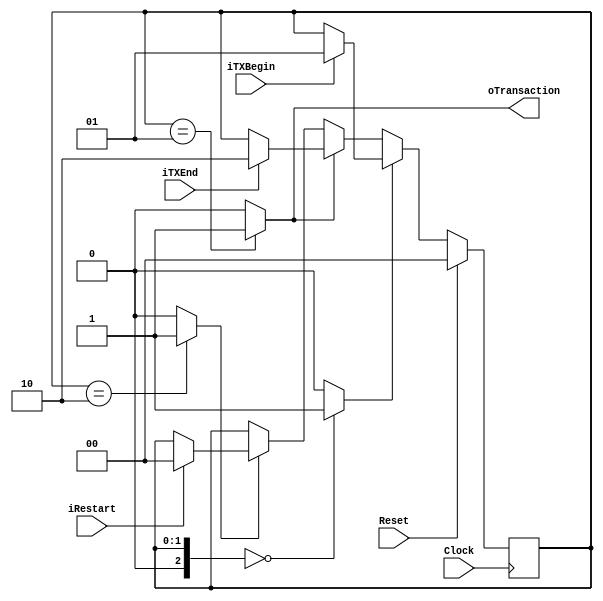
`timescale 1ns/1ps
`default_nettype none
// PLEASE READ THIS, IT MAY SAVE YOU SOME TIME AND MONEY, THANK YOU!
// * This file was generated by Quokka FPGA Toolkit.
// * Generated code is your property, do whatever you want with it
// * Place custom code between [BEGIN USER ***] and [END USER ***].
// * CAUTION: All code outside of [USER] scope is subject to regeneration.
// * Bad things happen sometimes in developer's life,
//   it is recommended to use source control management software (e.g. git, bzr etc) to keep your custom code safe'n'sound.
// * Internal structure of code is subject to change.
//   You can use some of signals in custom code, but most likely they will not exist in future (e.g. will get shorter or gone completely)
// * Please send your feedback, comments, improvement ideas etc. to evmuryshkin@gmail.com
// * Visit https://github.com/EvgenyMuryshkin/QuokkaEvaluation to access latest version of playground
//
// DISCLAIMER:
//   Code comes AS-IS, it is your responsibility to make sure it is working as expected
//   no responsibility will be taken for any loss or damage caused by use of Quokka toolkit.
//
// System configuration name is AXITransactionDetectorModule_TopLevel, clock frequency is 1Hz, Top-level
// FSM summary
// -- Packages
module AXITransactionDetectorModule_TopLevel
(
	// [BEGIN USER PORTS]
	// [END USER PORTS]
	input wire Clock,
	input wire Reset,
	input wire iRestart,
	input wire iTXBegin,
	input wire iTXEnd,
	output wire oTransaction
);
	// [BEGIN USER SIGNALS]
	// [END USER SIGNALS]
	localparam HiSignal = 1'b1;
	localparam LoSignal = 1'b0;
	wire Zero = 1'b0;
	wire One = 1'b1;
	wire true = 1'b1;
	wire false = 1'b0;
	wire AXITransactionDetectorModule_L33F9L49T10_AXITransactionDetectorModule_L34F13L48T14_AXITransactionDetectorModule_L36F22T49_Expr = 1'b0;
	wire AXITransactionDetectorModule_L33F9L49T10_AXITransactionDetectorModule_L34F13L48T14_AXITransactionDetectorModule_L38F44T72_Expr = 1'b1;
	wire AXITransactionDetectorModule_L33F9L49T10_AXITransactionDetectorModule_L34F13L48T14_AXITransactionDetectorModule_L40F22T50_Expr = 1'b1;
	wire [1: 0] AXITransactionDetectorModule_L33F9L49T10_AXITransactionDetectorModule_L34F13L48T14_AXITransactionDetectorModule_L42F44T80_Expr = 2'b10;
	wire [1: 0] AXITransactionDetectorModule_L33F9L49T10_AXITransactionDetectorModule_L34F13L48T14_AXITransactionDetectorModule_L44F22T58_Expr = 2'b10;
	wire AXITransactionDetectorModule_L33F9L49T10_AXITransactionDetectorModule_L34F13L48T14_AXITransactionDetectorModule_L46F44T71_Expr = 1'b0;
	wire AXITransactionDetectorModule_L31F53T81_Expr = 1'b1;
	wire Inputs_iRestart;
	wire Inputs_iTXBegin;
	wire Inputs_iTXEnd;
	reg [1: 0] NextState_Status;
	reg [1: 0] State_Status = 2'b00;
	wire [1: 0] State_StatusDefault = 2'b00;
	wire AXITransactionDetectorModule_L33F9L49T10_AXITransactionDetectorModule_L34F13L48T14_AXITransactionDetectorModule_L36F17L39T27_Case;
	wire signed [2: 0] AXITransactionDetectorModule_L33F9L49T10_AXITransactionDetectorModule_L34F13L48T14_AXITransactionDetectorModule_L36F17L39T27_CaseLhs;
	wire signed [2: 0] AXITransactionDetectorModule_L33F9L49T10_AXITransactionDetectorModule_L34F13L48T14_AXITransactionDetectorModule_L36F17L39T27_CaseRhs;
	wire AXITransactionDetectorModule_L33F9L49T10_AXITransactionDetectorModule_L34F13L48T14_AXITransactionDetectorModule_L40F17L43T27_Case;
	wire signed [2: 0] AXITransactionDetectorModule_L33F9L49T10_AXITransactionDetectorModule_L34F13L48T14_AXITransactionDetectorModule_L40F17L43T27_CaseLhs;
	wire signed [2: 0] AXITransactionDetectorModule_L33F9L49T10_AXITransactionDetectorModule_L34F13L48T14_AXITransactionDetectorModule_L40F17L43T27_CaseRhs;
	wire AXITransactionDetectorModule_L33F9L49T10_AXITransactionDetectorModule_L34F13L48T14_AXITransactionDetectorModule_L44F17L47T27_Case;
	wire signed [2: 0] AXITransactionDetectorModule_L33F9L49T10_AXITransactionDetectorModule_L34F13L48T14_AXITransactionDetectorModule_L44F17L47T27_CaseLhs;
	wire signed [2: 0] AXITransactionDetectorModule_L33F9L49T10_AXITransactionDetectorModule_L34F13L48T14_AXITransactionDetectorModule_L44F17L47T27_CaseRhs;
	wire AXITransactionDetectorModule_L31F37T81_Expr;
	wire signed [2: 0] AXITransactionDetectorModule_L31F37T81_ExprLhs;
	wire signed [2: 0] AXITransactionDetectorModule_L31F37T81_ExprRhs;
	always @ (posedge Clock)
	begin
		if ((Reset == 1))
		begin
			State_Status <= State_StatusDefault;
		end
		else
		begin
			State_Status <= NextState_Status;
		end
	end
	assign AXITransactionDetectorModule_L33F9L49T10_AXITransactionDetectorModule_L34F13L48T14_AXITransactionDetectorModule_L36F17L39T27_Case = AXITransactionDetectorModule_L33F9L49T10_AXITransactionDetectorModule_L34F13L48T14_AXITransactionDetectorModule_L36F17L39T27_CaseLhs == AXITransactionDetectorModule_L33F9L49T10_AXITransactionDetectorModule_L34F13L48T14_AXITransactionDetectorModule_L36F17L39T27_CaseRhs ? 1'b1 : 1'b0;
	assign AXITransactionDetectorModule_L33F9L49T10_AXITransactionDetectorModule_L34F13L48T14_AXITransactionDetectorModule_L40F17L43T27_Case = AXITransactionDetectorModule_L33F9L49T10_AXITransactionDetectorModule_L34F13L48T14_AXITransactionDetectorModule_L40F17L43T27_CaseLhs == AXITransactionDetectorModule_L33F9L49T10_AXITransactionDetectorModule_L34F13L48T14_AXITransactionDetectorModule_L40F17L43T27_CaseRhs ? 1'b1 : 1'b0;
	assign AXITransactionDetectorModule_L33F9L49T10_AXITransactionDetectorModule_L34F13L48T14_AXITransactionDetectorModule_L44F17L47T27_Case = AXITransactionDetectorModule_L33F9L49T10_AXITransactionDetectorModule_L34F13L48T14_AXITransactionDetectorModule_L44F17L47T27_CaseLhs == AXITransactionDetectorModule_L33F9L49T10_AXITransactionDetectorModule_L34F13L48T14_AXITransactionDetectorModule_L44F17L47T27_CaseRhs ? 1'b1 : 1'b0;
	assign AXITransactionDetectorModule_L31F37T81_Expr = AXITransactionDetectorModule_L31F37T81_ExprLhs == AXITransactionDetectorModule_L31F37T81_ExprRhs ? 1'b1 : 1'b0;
	always @ (*)
	begin
		NextState_Status = State_Status;
		if ((AXITransactionDetectorModule_L33F9L49T10_AXITransactionDetectorModule_L34F13L48T14_AXITransactionDetectorModule_L36F17L39T27_Case == 1))
		begin
			if ((Inputs_iTXBegin == 1))
			begin
				NextState_Status = { 1'b0, AXITransactionDetectorModule_L33F9L49T10_AXITransactionDetectorModule_L34F13L48T14_AXITransactionDetectorModule_L38F44T72_Expr };
			end
		end
		else if ((AXITransactionDetectorModule_L33F9L49T10_AXITransactionDetectorModule_L34F13L48T14_AXITransactionDetectorModule_L40F17L43T27_Case == 1))
		begin
			if ((Inputs_iTXEnd == 1))
			begin
				NextState_Status = AXITransactionDetectorModule_L33F9L49T10_AXITransactionDetectorModule_L34F13L48T14_AXITransactionDetectorModule_L42F44T80_Expr;
			end
		end
		else if ((AXITransactionDetectorModule_L33F9L49T10_AXITransactionDetectorModule_L34F13L48T14_AXITransactionDetectorModule_L44F17L47T27_Case == 1))
		begin
			if ((Inputs_iRestart == 1))
			begin
				NextState_Status = { 1'b0, AXITransactionDetectorModule_L33F9L49T10_AXITransactionDetectorModule_L34F13L48T14_AXITransactionDetectorModule_L46F44T71_Expr };
			end
		end
	end
	assign AXITransactionDetectorModule_L33F9L49T10_AXITransactionDetectorModule_L34F13L48T14_AXITransactionDetectorModule_L36F17L39T27_CaseLhs = { 1'b0, State_Status };
	assign AXITransactionDetectorModule_L33F9L49T10_AXITransactionDetectorModule_L34F13L48T14_AXITransactionDetectorModule_L36F17L39T27_CaseRhs = { {2{1'b0}}, AXITransactionDetectorModule_L33F9L49T10_AXITransactionDetectorModule_L34F13L48T14_AXITransactionDetectorModule_L36F22T49_Expr };
	assign AXITransactionDetectorModule_L33F9L49T10_AXITransactionDetectorModule_L34F13L48T14_AXITransactionDetectorModule_L40F17L43T27_CaseLhs = { 1'b0, State_Status };
	assign AXITransactionDetectorModule_L33F9L49T10_AXITransactionDetectorModule_L34F13L48T14_AXITransactionDetectorModule_L40F17L43T27_CaseRhs = { {2{1'b0}}, AXITransactionDetectorModule_L33F9L49T10_AXITransactionDetectorModule_L34F13L48T14_AXITransactionDetectorModule_L40F22T50_Expr };
	assign AXITransactionDetectorModule_L33F9L49T10_AXITransactionDetectorModule_L34F13L48T14_AXITransactionDetectorModule_L44F17L47T27_CaseLhs = { 1'b0, State_Status };
	assign AXITransactionDetectorModule_L33F9L49T10_AXITransactionDetectorModule_L34F13L48T14_AXITransactionDetectorModule_L44F17L47T27_CaseRhs = { 1'b0, AXITransactionDetectorModule_L33F9L49T10_AXITransactionDetectorModule_L34F13L48T14_AXITransactionDetectorModule_L44F22T58_Expr };
	assign AXITransactionDetectorModule_L31F37T81_ExprLhs = { 1'b0, State_Status };
	assign AXITransactionDetectorModule_L31F37T81_ExprRhs = { {2{1'b0}}, AXITransactionDetectorModule_L31F53T81_Expr };
	assign Inputs_iRestart = iRestart;
	assign Inputs_iTXBegin = iTXBegin;
	assign Inputs_iTXEnd = iTXEnd;
	assign oTransaction = AXITransactionDetectorModule_L31F37T81_Expr;
	// [BEGIN USER ARCHITECTURE]
	// [END USER ARCHITECTURE]
endmodule